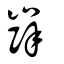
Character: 嶭